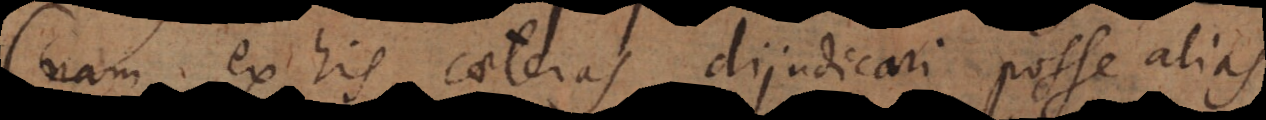
(nam ex his caeteras dijudicari posse alias